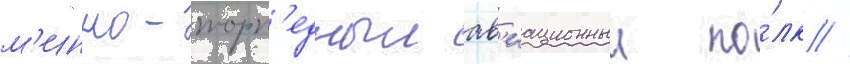
м'инно-торп'едныи ав'иационныи по́лк //